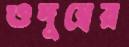
ওদুম্বের